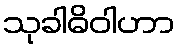
သုခါဓိဝါဟာ